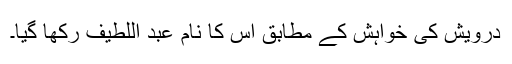
درویش کی خواہش کے مطابق اس کا نام عبد اللطیف رکھا گیا۔